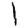
Digit: 1